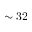
\sim 3 2